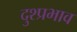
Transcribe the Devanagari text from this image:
दुश्प्रभाव